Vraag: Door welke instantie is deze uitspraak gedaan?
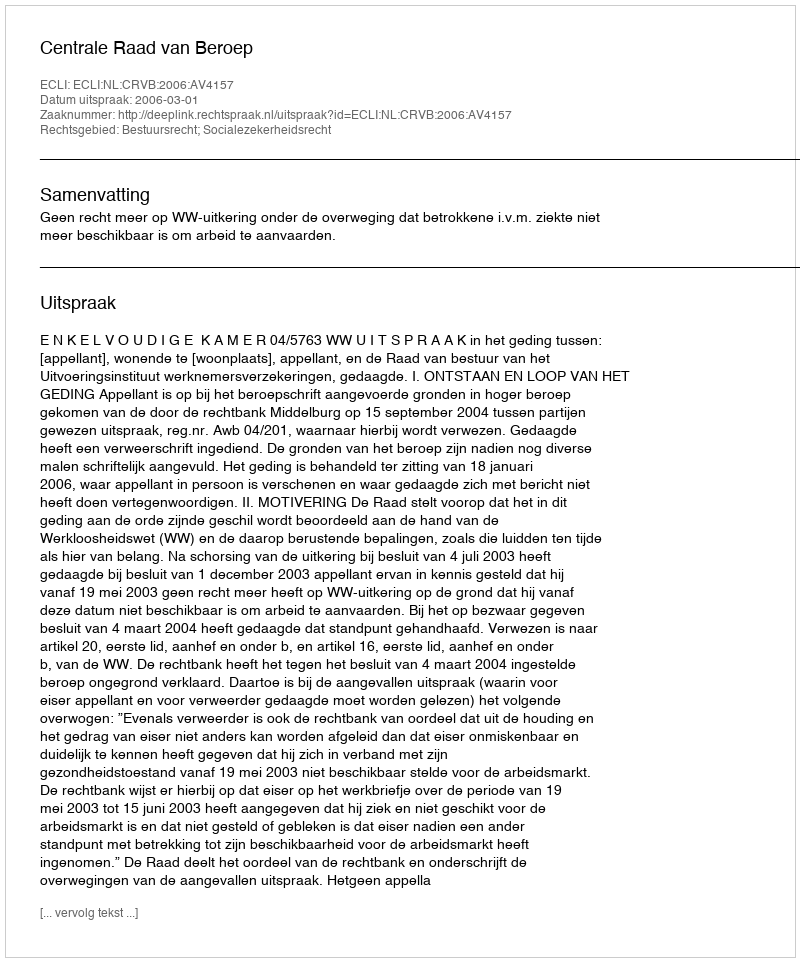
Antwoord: Centrale Raad van Beroep